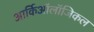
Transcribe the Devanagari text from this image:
आर्किऑलॉजिकल